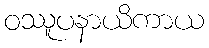
ဝဿူပနာယိကာယ